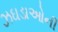
ઝઘડાઓની